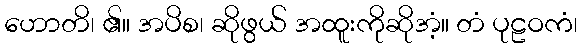
ဟောတိ၊ ၏။ အပိစ၊ ဆိုဖွယ် အထူးကိုဆိုအံ့။ တံ ပုဠဝကံ၊